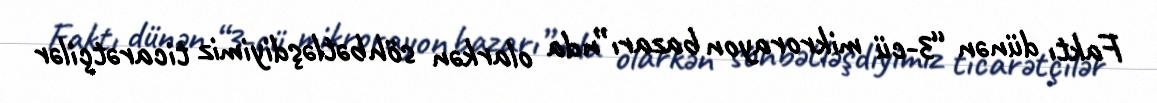
Faktı dünən “3-cü mikrorayon bazarı”nda olarkən söhbətləşdiyimiz ticarətçilər